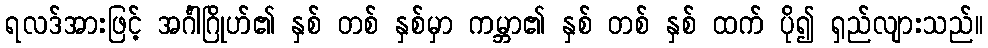
ရလဒ်အားဖြင့် အင်္ဂါဂြိုဟ်၏ နှစ် တစ် နှစ်မှာ ကမ္ဘာ၏ နှစ် တစ် နှစ် ထက် ပို၍ ရှည်လျားသည်။